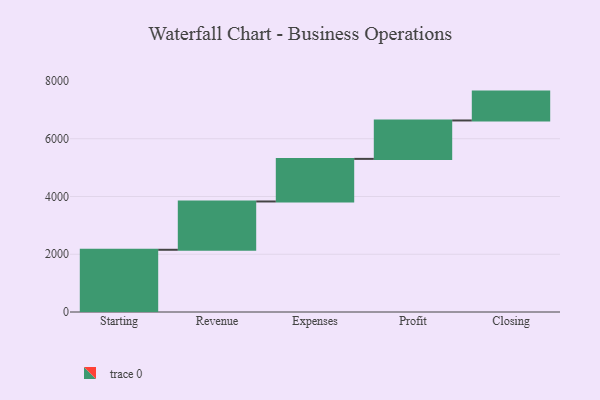
{"axis": {"x": "Step", "y": "Value"}, "legend": [""], "data": [{"x": "Starting", "y": 2155.0, "type": ""}, {"x": "Revenue", "y": 1673.0, "type": ""}, {"x": "Expenses", "y": 1475.0, "type": ""}, {"x": "Profit", "y": 1330.0, "type": ""}, {"x": "Closing", "y": 1000, "type": ""}]}